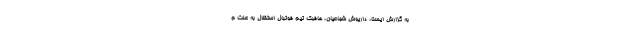
به گزارش ایسنا، داریوش شجاعیان، هافبک تیم فوتبال استقلال به علت م